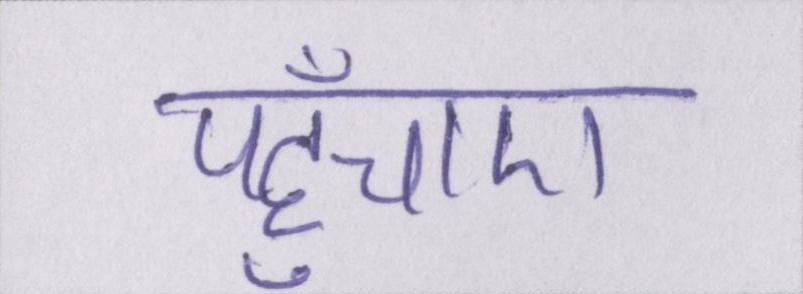
पहुँचाए